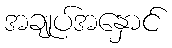
အချုပ်အနှောင်